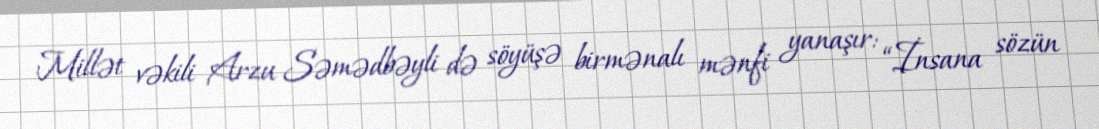
Millət vəkili Arzu Səmədbəyli də söyüşə birmənalı mənfi yanaşır: “İnsana sözün